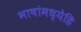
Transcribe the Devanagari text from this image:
भाषांमध्येहि